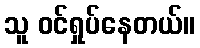
သူ ဝင်ရှုပ်နေတယ်။